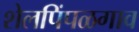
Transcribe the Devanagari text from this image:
शेलपिंपळगाव